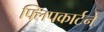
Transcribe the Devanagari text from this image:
फ्लिपकार्टने